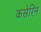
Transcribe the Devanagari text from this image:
कसेरिन